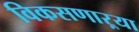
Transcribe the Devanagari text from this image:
विकसणाऱ्या